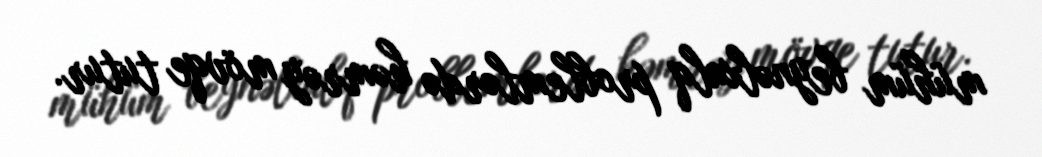
mühüm beynəlxalq problemlərdə həmrəy mövqe tutur.